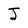
Character: J